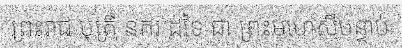
ព្រះរាជ បុត្រី នគរ ដទៃ ជា ព្រះមហេសីបន្ទាប់